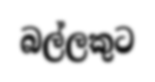
බල්ලකුට